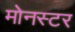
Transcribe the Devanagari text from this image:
मोनस्टर